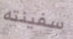
سفينته